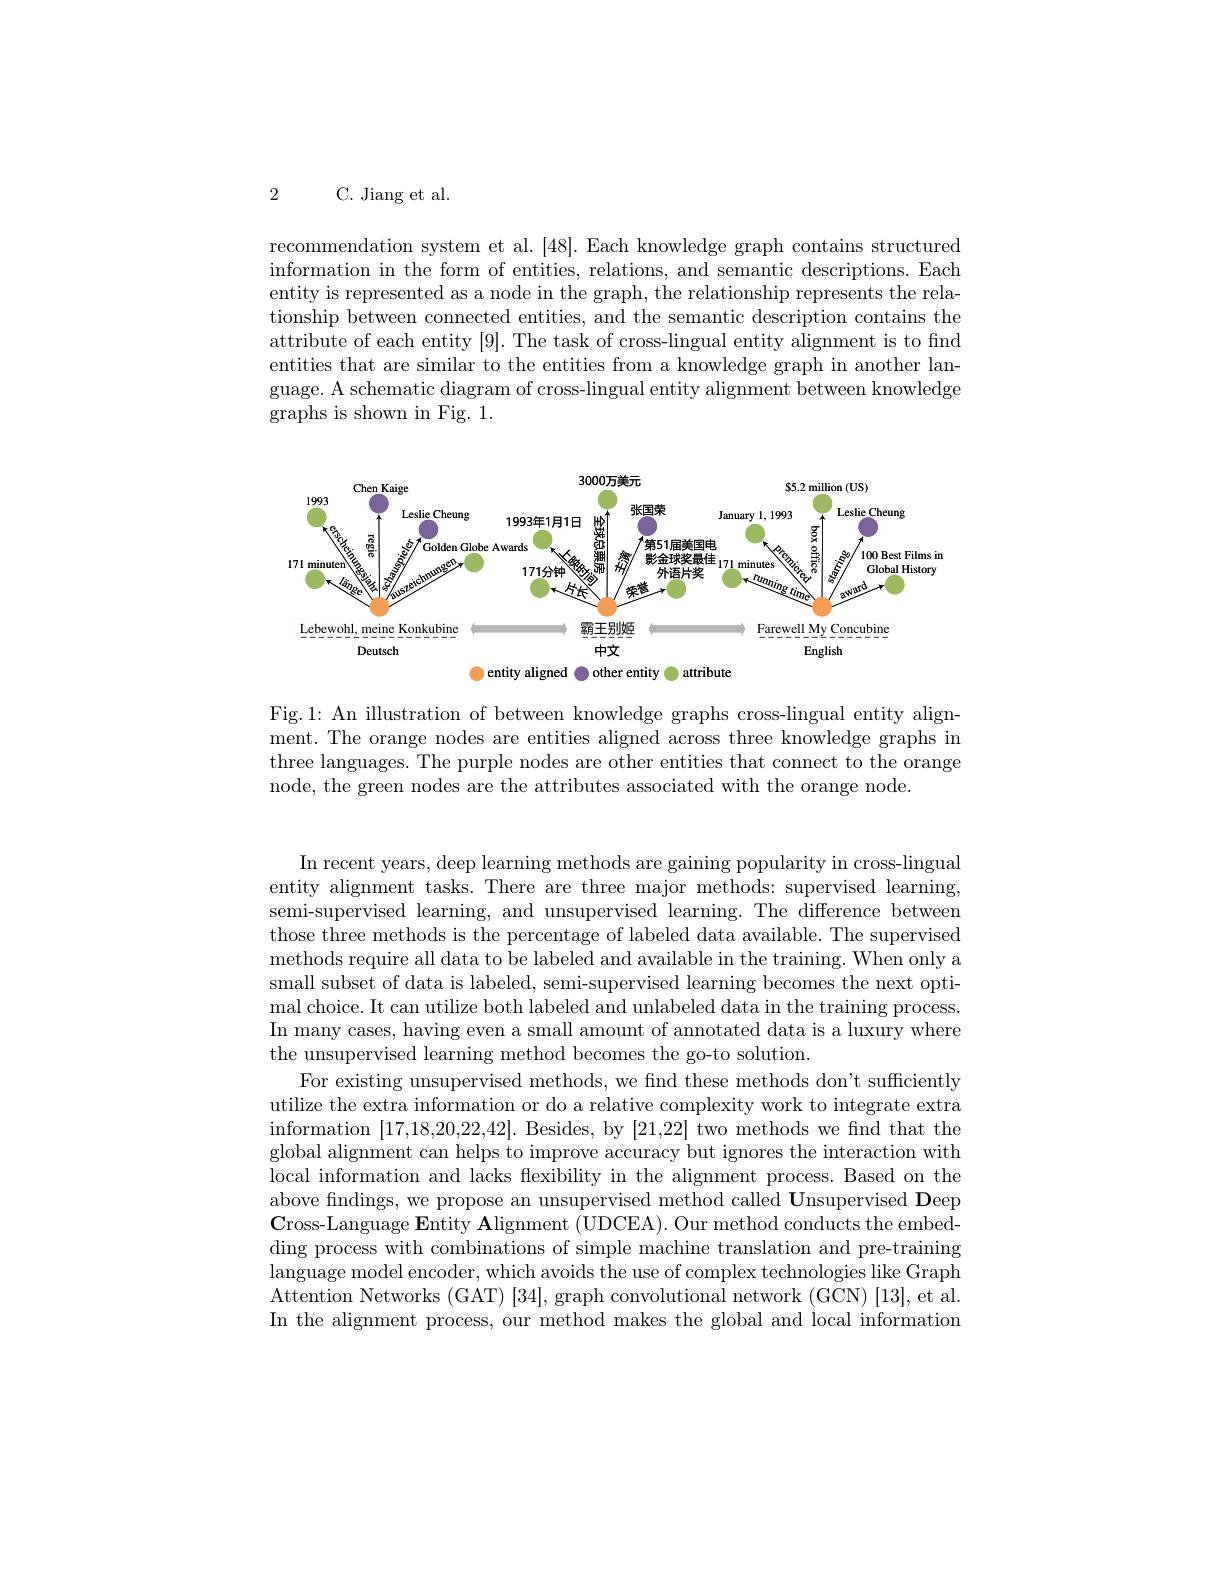
2 C. Jiang et al.

recommendation system et al. [48]. Each knowledge graph contains structured information in the form of entities, relations, and semantic descriptions. Each entity is represented as a node in the graph, the relationship represents the relationship between connected entities, and the semantic description contains the attribute of each entity [9]. The task of cross-lingual entity alignment is to find entities that are similar to the entities from a knowledge graph in another language. A schematic diagram of cross-lingual entity alignment between knowledge graphs is shown in Fig. 1.

<FigureHere>

Fig.1: An illustration of between knowledge graphs cross-lingual entity alignment. The orange nodes are entities aligned across three knowledge graphs in three languages. The purple nodes are other entities that connect to the orange node, the green nodes are the attributes associated with the orange node.

In recent years, deep learning methods are gaining popularity in cross-lingual entity alignment tasks. There are three major methods: supervised learning, semi-supervised learning, and unsupervised learning. The difference between those three methods is the percentage of labeled data available. The supervised methods require all data to be labeled and available in the training. When only a small subset of data is labeled, semi-supervised learning becomes the next optimal choice. It can utilize both labeled and unlabeled data in the training process. In many cases, having even a small amount of annotated data is a luxury where the unsupervised learning method becomes the go-to solution.
For existing unsupervised methods, we find these methods don't sufficiently utilize the extra information or do a relative complexity work to integrate extra information [17,18,20,22,42]. Besides, by [21,22] two methods we find that the global alignment can helps to improve accuracy but ignores the interaction with local information and lacks flexibility in the alignment process. Based on the above findings, we propose an unsupervised method called Unsupervised Deep $\textbf{Cross- Language Entity Alignment ( UDCEA) . Our method conducts the embed- }$ ding process with combinations of simple machine translation and pre-training language model encoder, which avoids the use of complex technologies like Graph Attention Networks (GAT) [34], graph convolutional network (GCN) [13], et al. In the alignment process, our method makes the global and local information